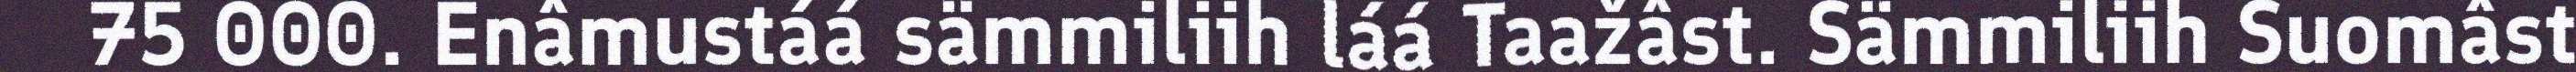
75 000. Enâmustáá sämmiliih láá Taažâst. Sämmiliih Suomâst